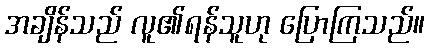
အချိန်သည် လူ၏ရန်သူဟု ပြောကြသည်။